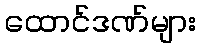
ထောင်ဒဏ်များ